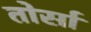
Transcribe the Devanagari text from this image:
तोर्सा